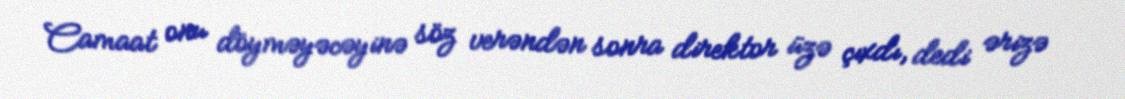
Camaat onu döyməyəcəyinə söz verəndən sonra direktor üzə çıxdı, dedi ərizə